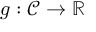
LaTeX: g : { \mathcal { C } } \to \mathbb { R }